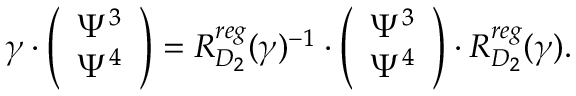
\gamma \cdot \left( \begin{array} { c c } { { \Psi ^ { 3 } } } \\ { { \Psi ^ { 4 } } } \end{array} \right) = R _ { D _ { 2 } } ^ { r e g } ( \gamma ) ^ { - 1 } \cdot \left( \begin{array} { c c } { { \Psi ^ { 3 } } } \\ { { \Psi ^ { 4 } } } \end{array} \right) \cdot R _ { D _ { 2 } } ^ { r e g } ( \gamma ) .